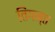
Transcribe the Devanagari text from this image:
तिंगन्त